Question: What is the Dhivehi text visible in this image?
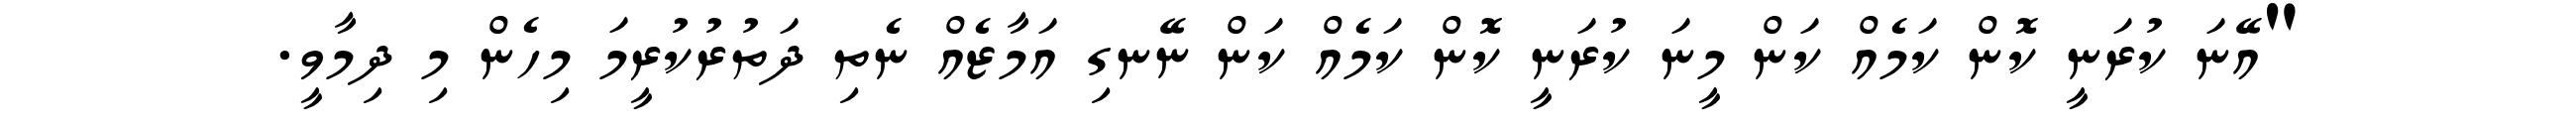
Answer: "އޭނަ ކުރަނީ ކޮން ކަމެއް ކަން މީނަ ކުރަނީ ކޮން ކަމެއް ކަން ނޭނގި އަމާޒެއް ނެތި ދަތުރުކުރީމަ މިހެން މި ދިމާވީ.